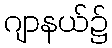
ဂျာနယ်၌